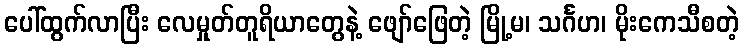
ပေါ်ထွက်လာပြီး လေမှုတ်တူရိယာတွေနဲ့ ဖျော်ဖြေတဲ့ မြို့မ၊ သင်္ဂဟ၊ မိုးကေသီစတဲ့